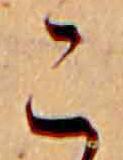
こ